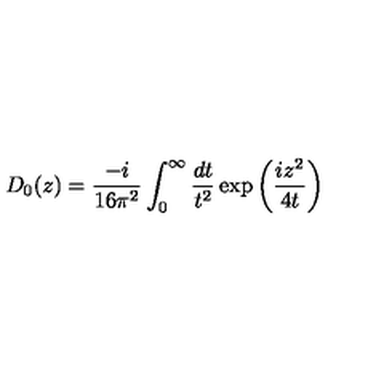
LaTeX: D _ { 0 } ( z ) = \frac { - i } { 1 6 \pi ^ { 2 } } \int _ { 0 } ^ { \infty } \frac { d t } { t ^ { 2 } } \exp \left( \frac { i z ^ { 2 } } { 4 t } \right)